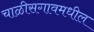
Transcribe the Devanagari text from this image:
चाळीसगावमधील